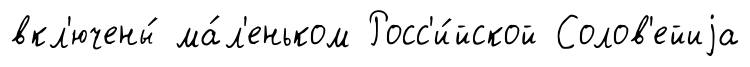
вкл'ючены́ ма́л'еньком Росс'и́йской Солов'ейиjа